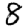
Digit: 8